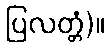
ပြလတ္တံ)။